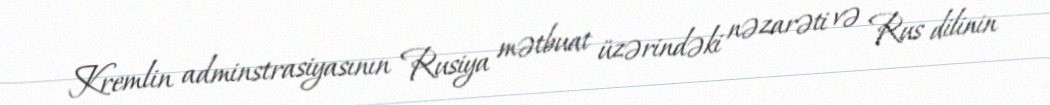
Kremlin adminstrasiyasının Rusiya mətbuat üzərindəki nəzarəti və Rus dilinin